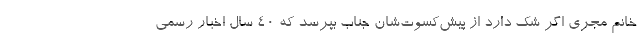
خانم مجری اگر شک دارد از پیش‌کسوت‌شان جناب بپرسد که 40 سال اخبار رسمی